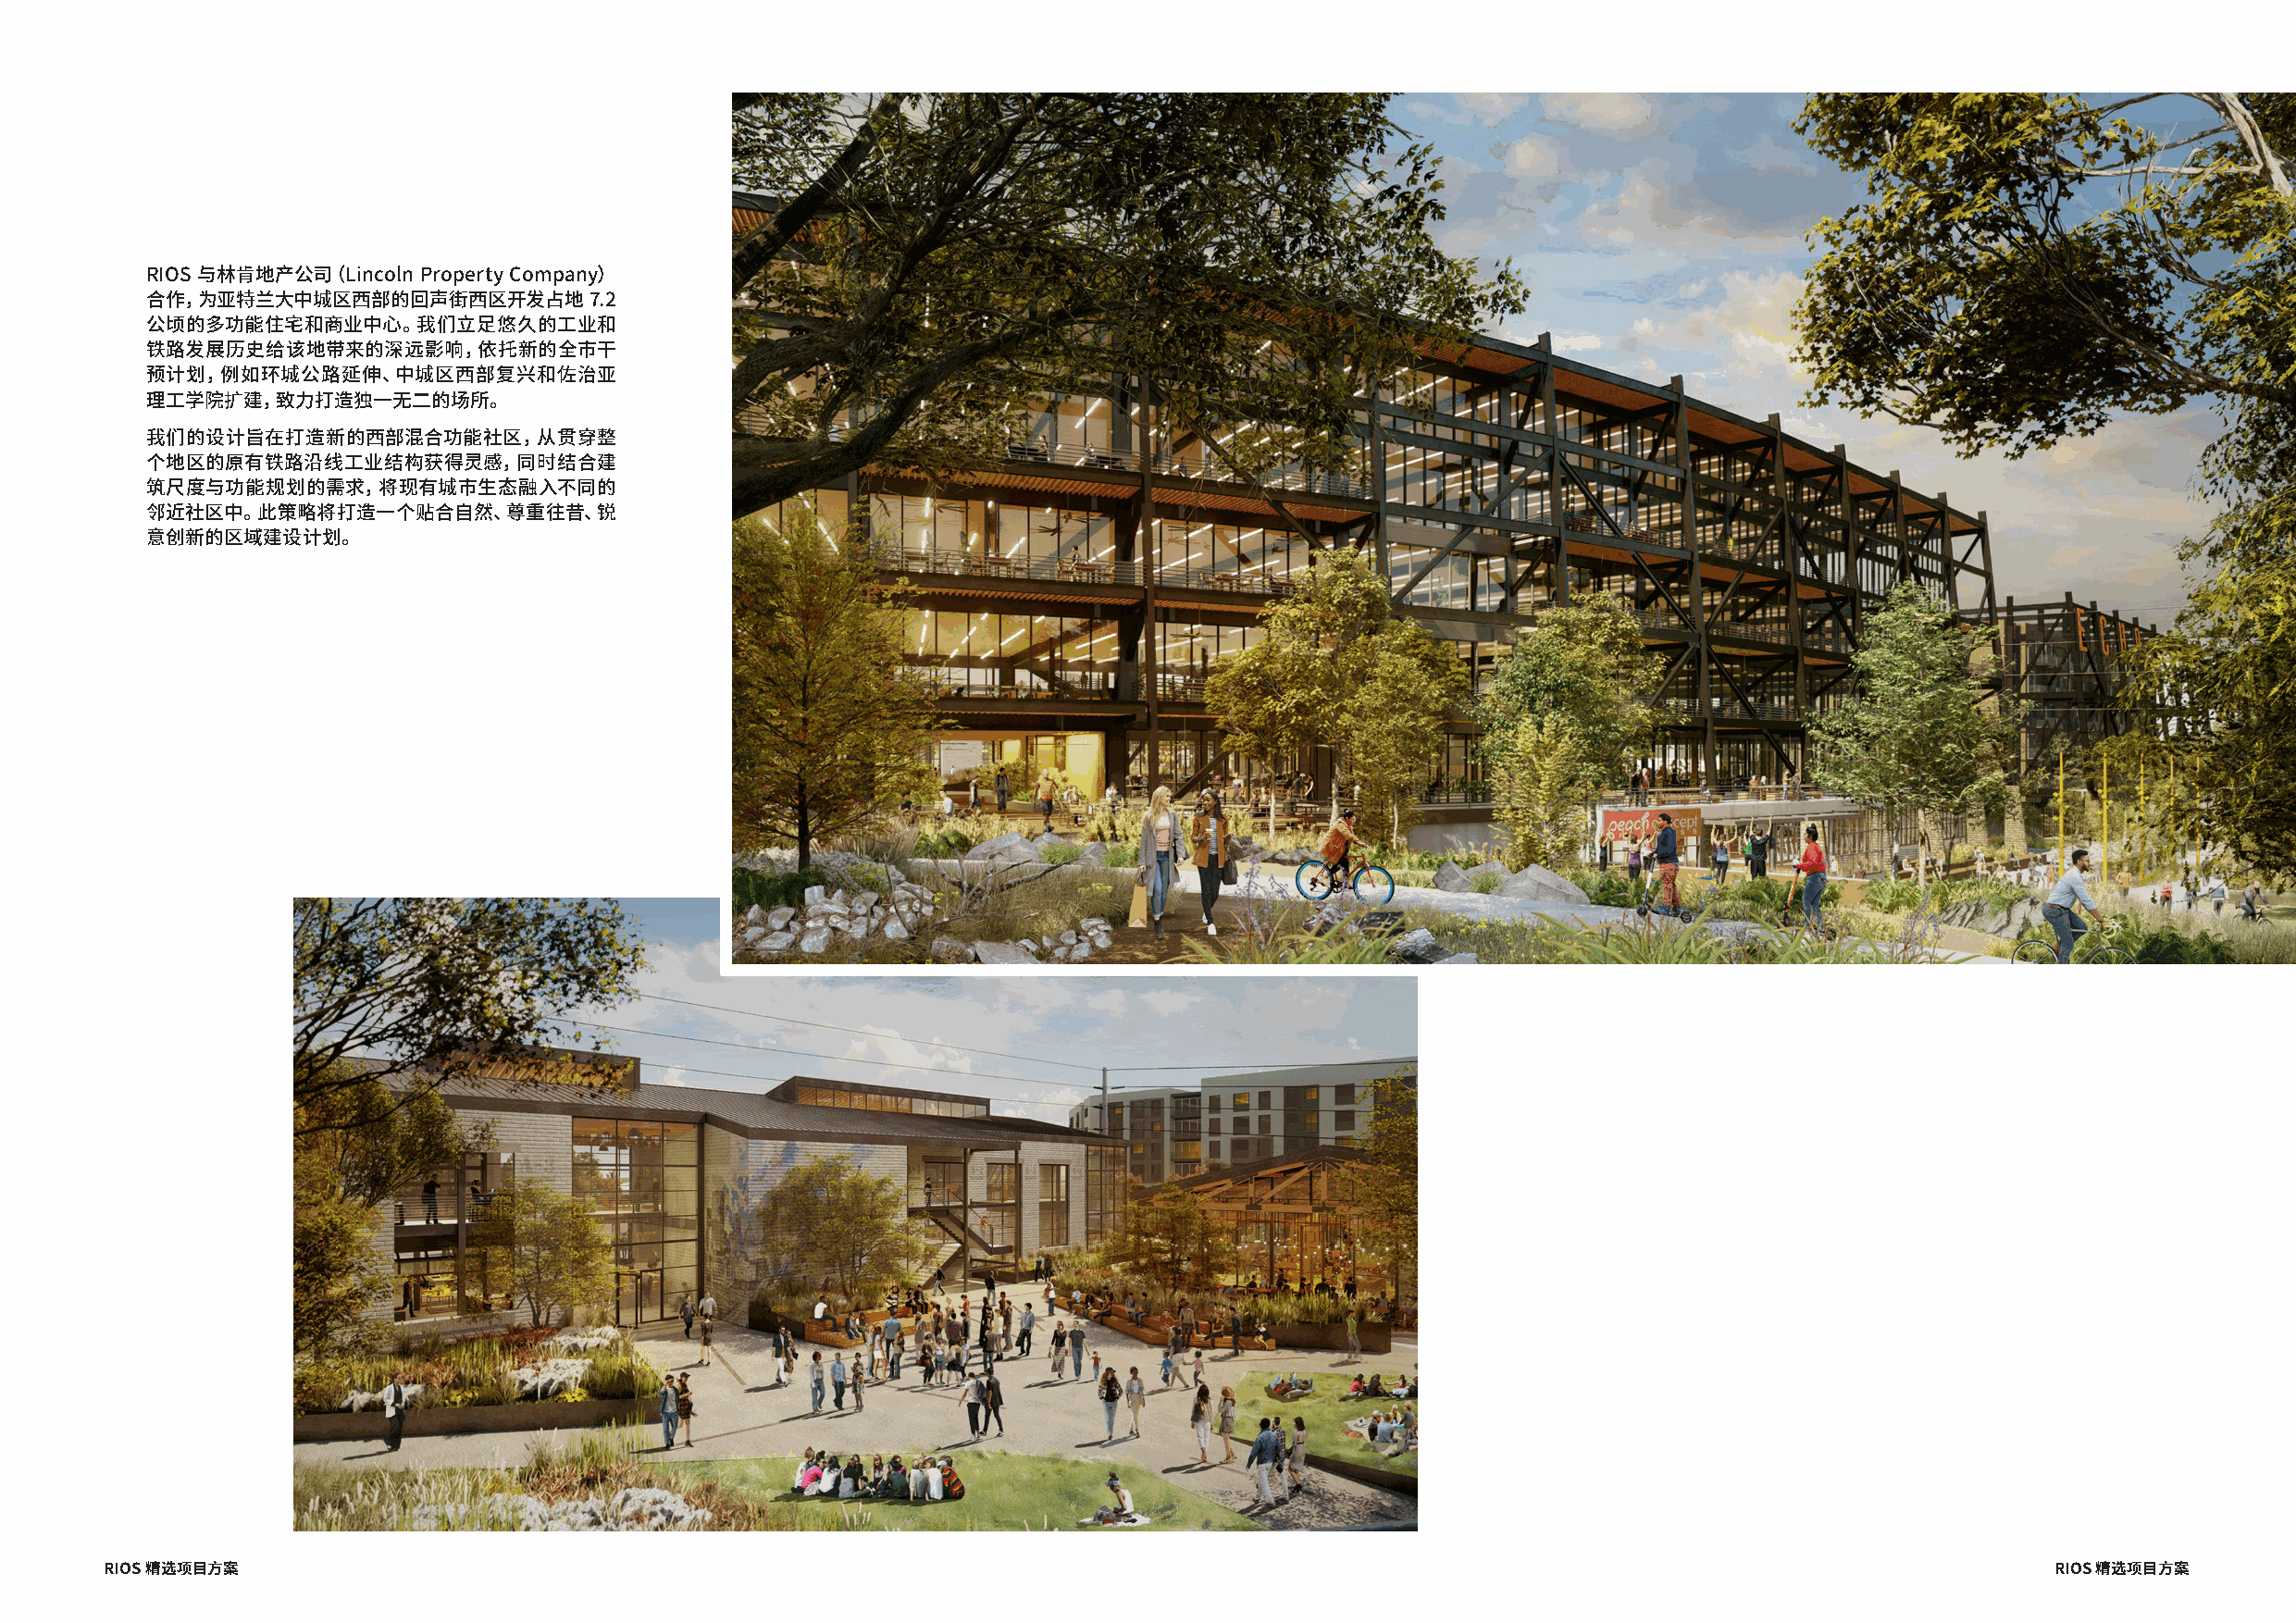
RIOS 与林肯地产公司（Lincoln Property Company）
 合作，为亚特兰大中城区西部的回声街西区开发占地         7.2
 公顷的多功能住宅和商业中心。我们立足悠久的工业和
 铁路发展历史给该地带来的深远影响，依托新的全市干
 预计划，例如环城公路延伸、中城区西部复兴和佐治亚
 理工学院扩建，致力打造独一无二的场所。
 我们的设计旨在打造新的西部混合功能社区，从贯穿整
 个地区的原有铁路沿线工业结构获得灵感，同时结合建
 筑尺度与功能规划的需求，将现有城市生态融入不同的
 邻近社区中。此策略将打造一个贴合自然、尊重往昔、锐
 意创新的区域建设计划。
 RIOS 精选项目方案                                                                                                                                 RIOS 精选项目方案